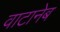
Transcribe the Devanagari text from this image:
वाटानेब